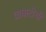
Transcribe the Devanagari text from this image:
वाघाटीची